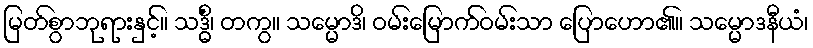
မြတ်စွာဘုရားနှင့်။ သဒ္ဓိံ၊ တကွ။ သမ္မောဒိ၊ ဝမ်းမြောက်ဝမ်းသာ ပြောဟော၏။ သမ္မောဒနီယံ၊